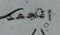
أتجمد